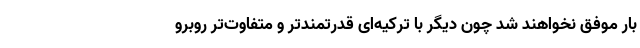
بار موفق نخواهند شد چون دیگر با ترکیه‌ای قدرتمندتر و متفاوت‌تر روبرو